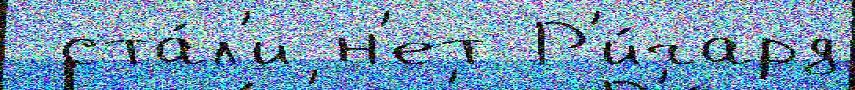
 ста́л'и н'ет Р'и́чард